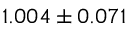
1 . 0 0 4 \pm 0 . 0 7 1